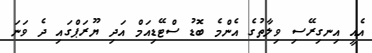
އެއީ އިނގިރޭސި ވިލާތުގެ އެންމެ ބޮޑު ސްޓޭޑިއަމް އަދި ޔޫރަޕްގައި ދެ ވަނަ